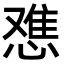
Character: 𫺷